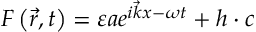
F \left( { \vec { r } } , t \right) = \varepsilon a e ^ { i { \vec { k } } x - \omega t } + h \cdot c